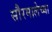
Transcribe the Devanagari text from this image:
सौरमालेच्या